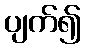
ပျက်၍